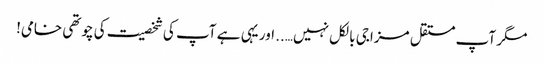
مگر آپ مستقل مزاجی بالکل نہیں….. اور یہی ہے آپ کی شخصیت کی چوتھی خامی!